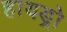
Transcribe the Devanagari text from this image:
हायड्रो